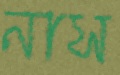
নাস